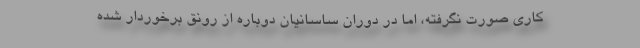
کاری صورت نگرفته، اما در دوران ساسانیان دوباره از رونق برخوردار شده